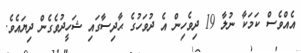
އެއްވެސް ކަމަކާ ނުލާ 19 ދިވެހިން އެ ދުވަހުގެ ޙާދިސާގައި ޝަހީދުވެގެން ދިޔައެވެ.